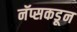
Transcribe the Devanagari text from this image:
नॅप्सकडून